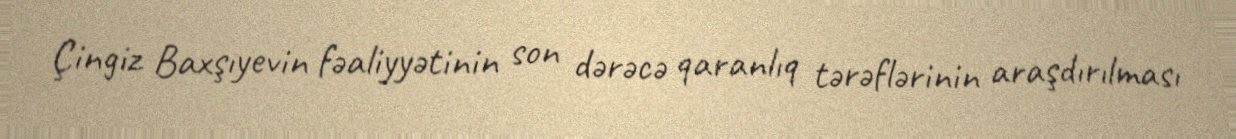
Çingiz Baxşıyevin fəaliyyətinin son dərəcə qaranlıq tərəflərinin araşdırılması